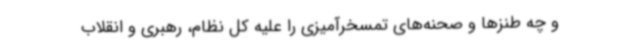
و چه طنزها و صحنه‌های تمسخرآمیزی را علیه کل نظام، رهبری و انقلاب